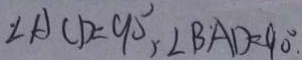
\angle A C D = 9 0 ^ { \circ } , \angle B A D = 9 0 ^ { \circ } .